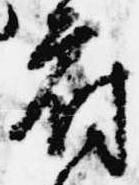
府